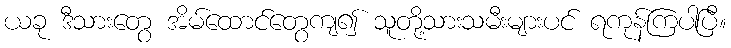
ယခု ဒီသားတွေ အိမ်ထောင်တွေကျ၍ သူတို့သားသမီးများပင် ရကုန်ကြပါပြီ။